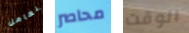
نعامل محاصر الوقت